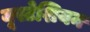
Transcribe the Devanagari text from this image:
यूस्टेशियन